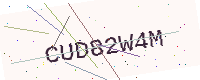
Text: CUD82W4M